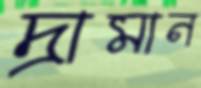
দ্রামান